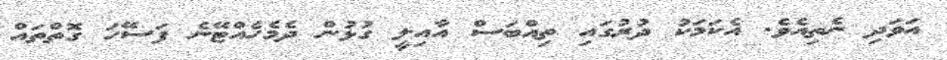
އަވަދި ނެތިއެވެ. އެކަމަކު ދުރުގައި ތިއްބަސް އާއިލީ ގުޅުން ދެމެހެއްޓޭނެ ފަސޭހަ ގޮތްތައް